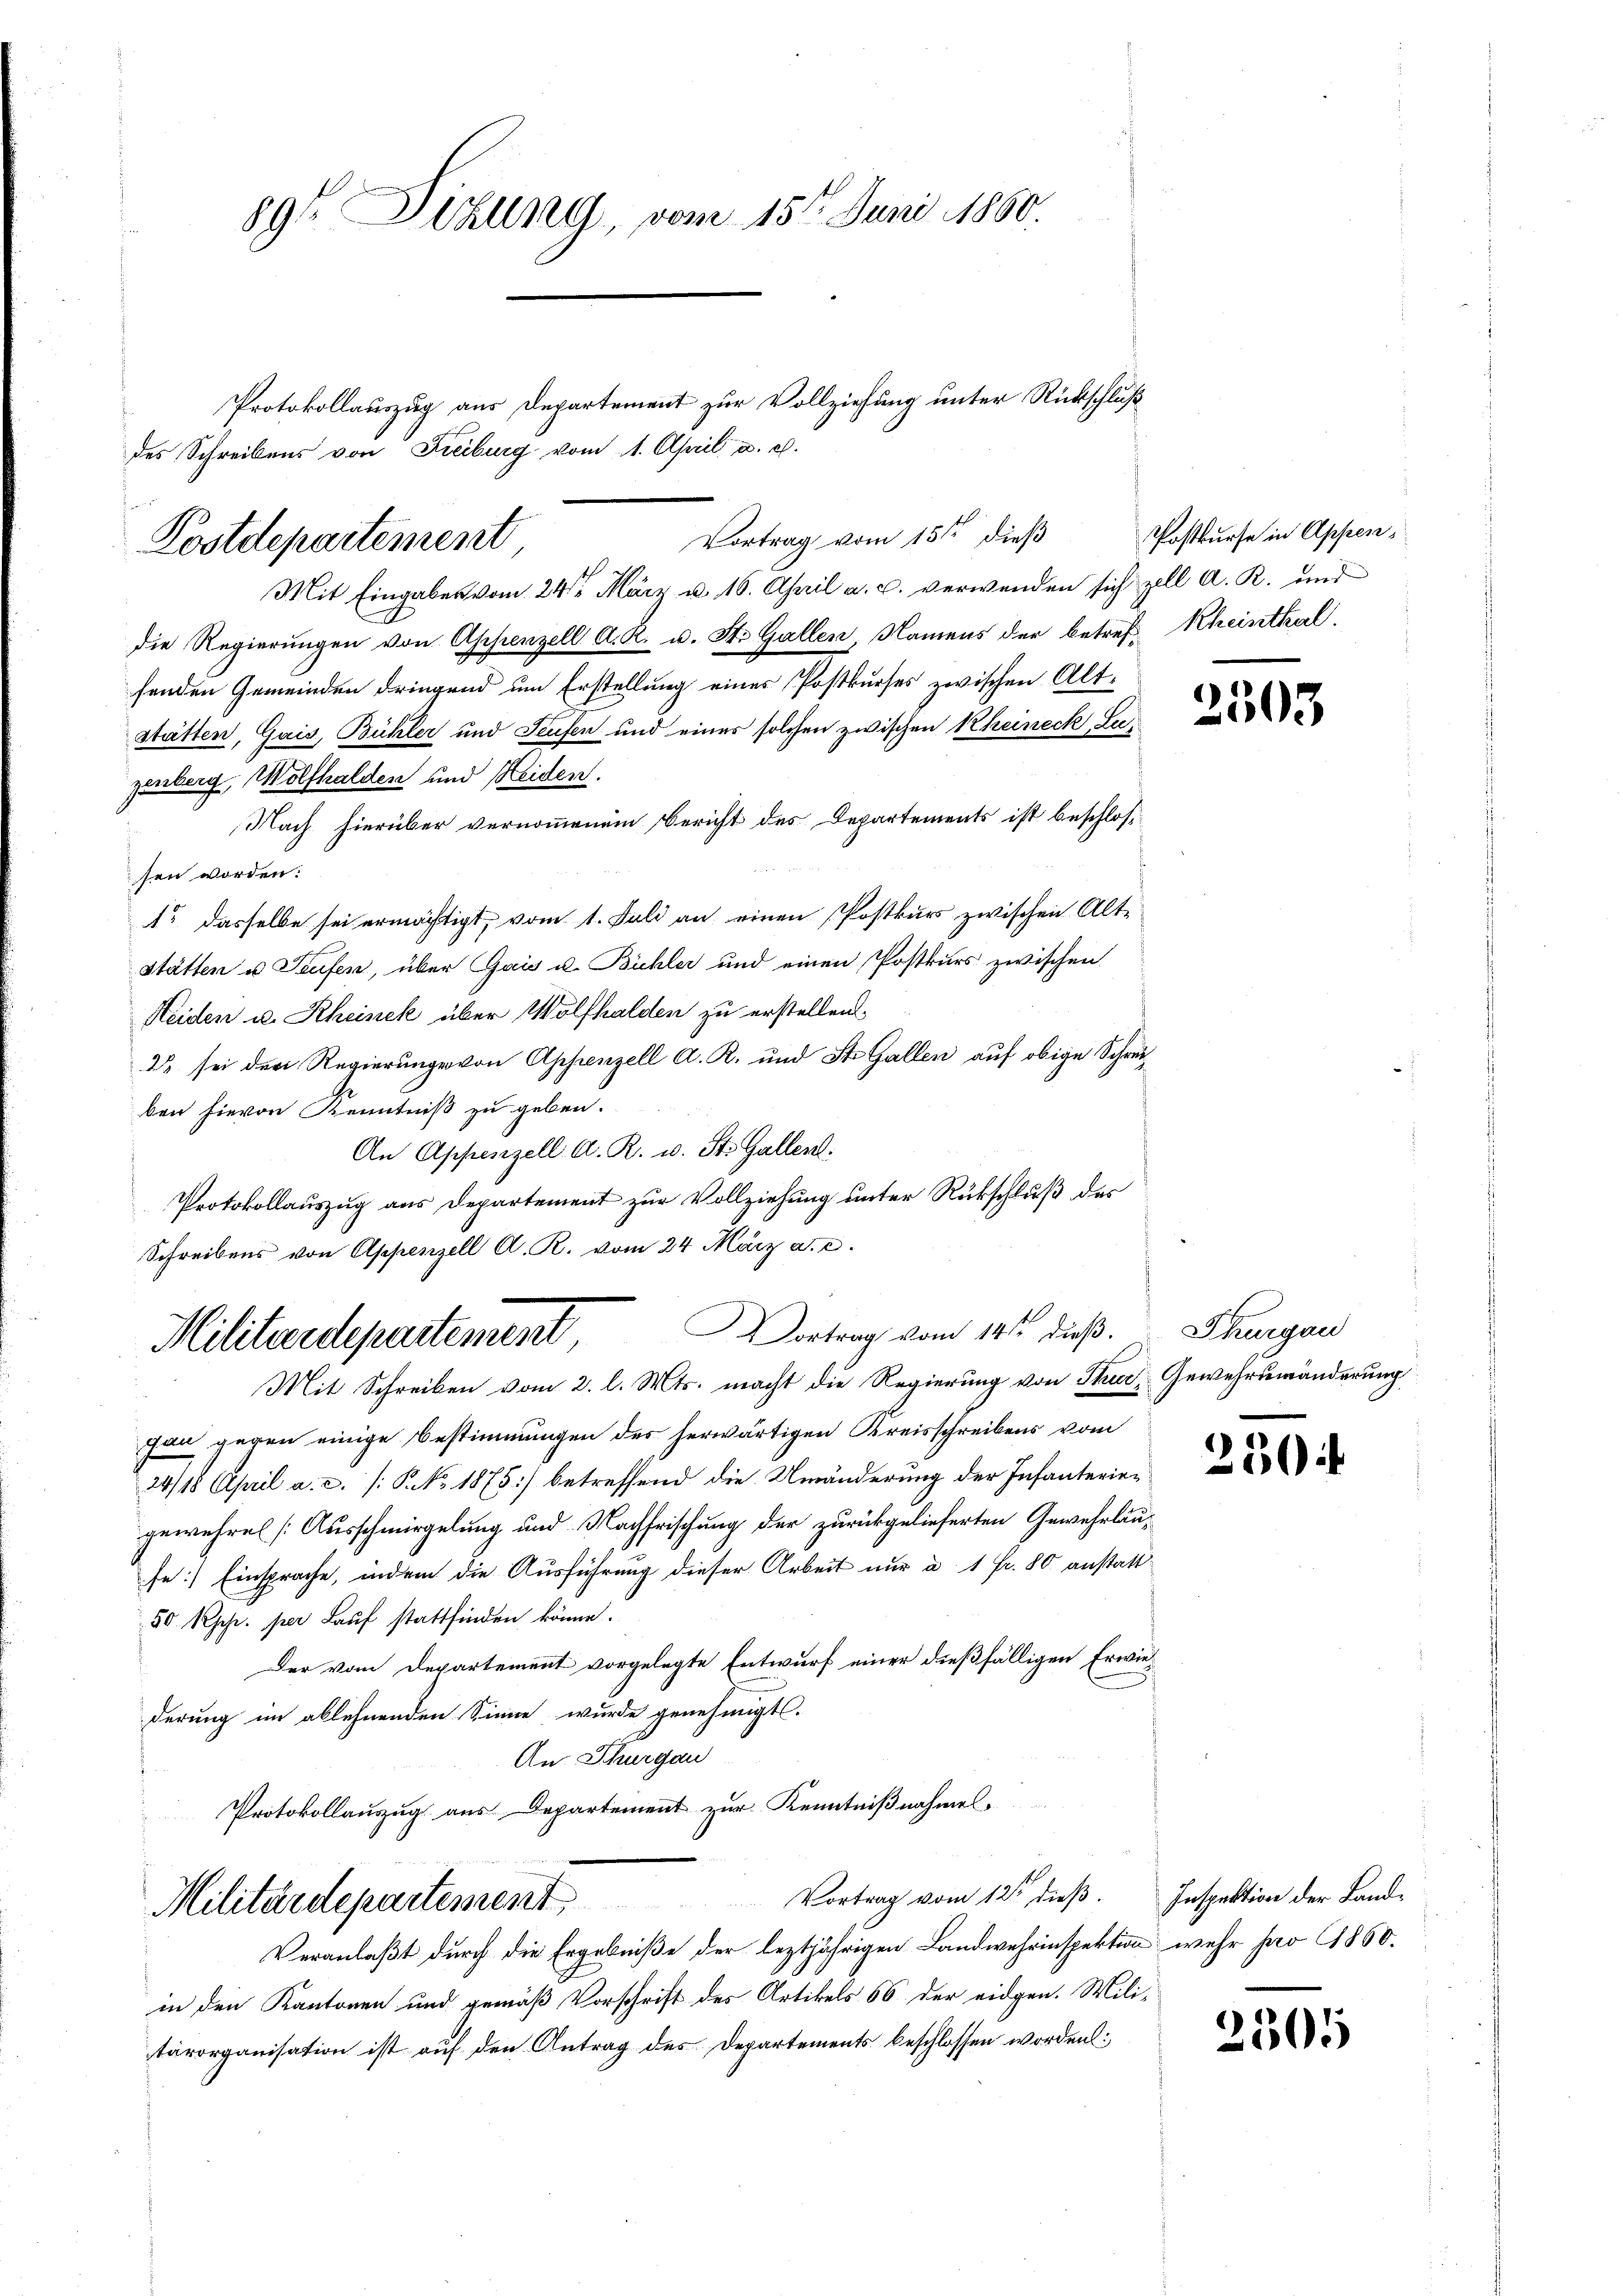
89te Sitzung, vom 15ten Juni 1860.

Mit Eingaben vom 24sten März u. 16. April a. c. verwenden sich zell A. R. und
die Regierungen von Appenzell A. R. u. St. Gallen, Namens der betref Rheinthal.
fenden Gemeinden dringend um Erstellung eines Postkurses zwischen Altstätten, Gais, Bühler und Seufen und eines solchen zwischen Rheineck Sezenberg, Wolfhalden und Heiden.
Nach hierüber vernommenem Bericht des Departements ist beschlossen worden:
o dasselbe sei ermächtigt, vom 1. Juli an einen Postkur zwischen Alt-
Stätten u. Teufen, über Gais u. Bühler und einen Postkurs zwischen
Heiden u. Rheinek über Wolfhalden zu erstellen.
2 sei der Regierunge von Appenzell A. R. und St. Gallen auf obige Schrei
ben hievon Kenntniß zu geben.
An Appenzell A. R. u. St. Gallen.
Protokollauszug aus Departement zur Vollziehung unter Rückschluß des
Schreibens von Appenzell A. R. vom 24 März a. c.

des Schreibens von Freiburg vom 1. April a. c.
Postdepartement

Protokollauszug aus Departement zur Vollziehung unter Rückschluß

Vortrag vom 14ten dieß. Thurgau
Militärdepartement,
Mit Schreiben vom 2. l. Mts. macht die Regierung von Thur, Gewehrsmänderung

Vortrag vom 15ten dieß

Postkurse in Appen¬

un gegen einige Bestimmungen des herwärtigen Kreisschreibens vom
24/18 April a. c. (: P. No. 1875] betreffend die Umänderung der Infanteriegewehren [Ausschmiegelung und Nachfrischung der zurückgelieferten Gewehrläuse: Einsprache, indem die Ausführung dieser Arbeit nur a 1 Fr. 80 anstatt¬
50 Rp. per Lauf stattfinden könne.
Der vom Departement vorgelegte Entwurf einer dießfälligen Erwiederung im ablehnenden Sinne wurde genehmigt.
An Schurgau
Protokollauszug aus Departement zur Kenntnißnahmel¬

Militärdepartement, Vortrag vom 12t dieß.
Veranlaßt durch die Ergebniße der leztjährigen Landwehrinspektion wehr pro 1860.
in den Kantonen und gemäß Vorschrift des Artikels 66 der eidgen. Mili-
tärorganisation ist auf den Antrag des Departements beschlossen worden:

25

250

Inspektion der Land¬

2305